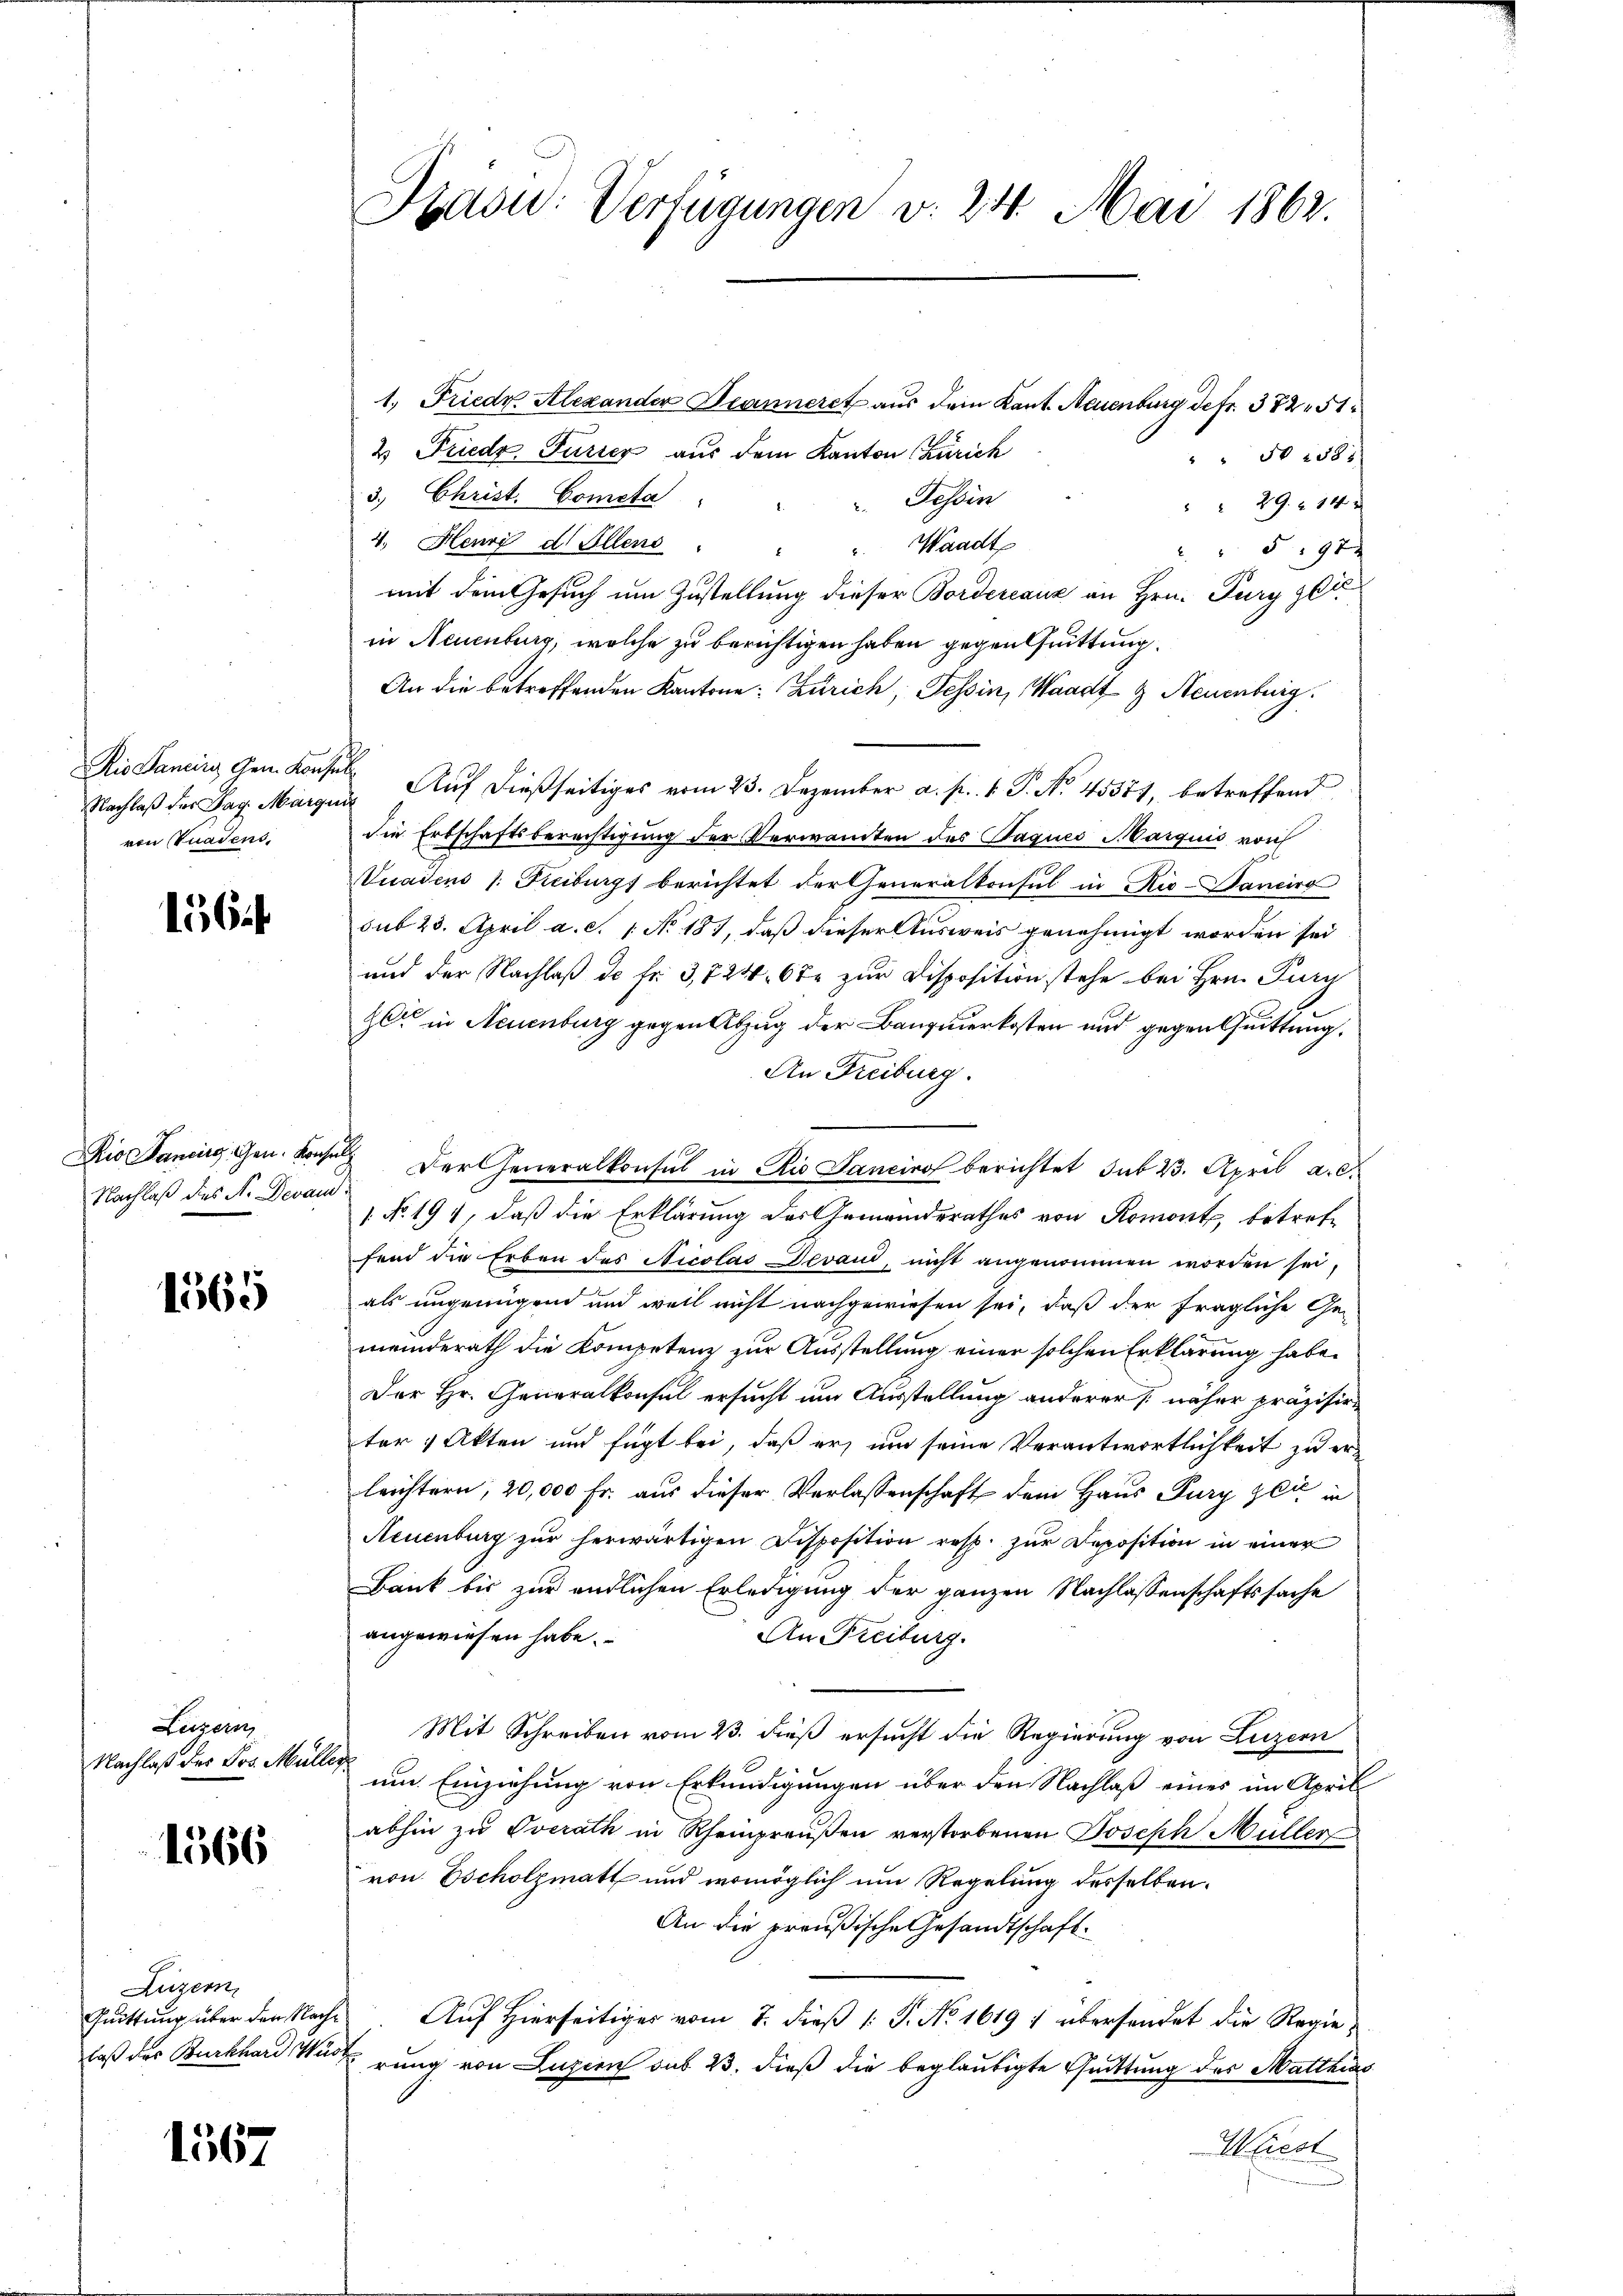
Dis Sanciig Gen. Konsul
Nachlaß der Tag. Margi
von Gnadens,

156 f

Dio Sancirg, Gen. Konse
Nachlaß des N. Devam

1565

Luzern,
Nachlaß des Jos. Mülle

1566

Luzern,
Quittung über den Nachlaß des Burkhard Wur

1567

Disid: Verfügungen v. 24. Mai 1862.

1. Friedr. Alexander Jeanneret aus dem Kant. Neuenburg Jefr. 372 51
2 Friede Furier aus dem Kanton Zürich
" 50. 2381
3. Christ. Compta
Tessin
" 29 f 14 x
4. Henri d. Allens
Waadt
2597 x
mit dem Gesuch um Zustellung dieser Bordereaux an Hrn. Purg get
in Neuenburg, welche zu berichtigen haben gegen fuittung
An die betreffenden Kantone: Zürich, Tessin, Waadt & Neuenburg.
i Auf dießseitiges vom 23. Dezember a. p. 1. P. Nr. 45581, betreffend
die Erbschaftsberechtigung der Verwandten des Paques Marquis von
Vuadens 1. Freiburgs berichtet der Generalkonsul in Rio-Banciro
sub 23. April a. c. 1. No. 181, daß dieser Ausweis genehmigt worden sei
und der Nachlaß de fr. 3,724. 6te zur Disposition stehe bei Hrn. Purg
zer in Neuenburg gegen Abzug der Banquerkosten und gegentuittung.
An Freiburg.
 Der Generalkonsul in Rio Sancirol berichtet sub 23. April a. c.
 No. 194, daß die Erklärung des Gemeinderathes von Romont, betrete
fend die Erben des Nicolas Devant, nicht angenommen worden sei,
als ungenügend und weil nicht nachgewiesen sei, daß der fragliche Ge-
meinderath die Kompetenz zur Ausstellung einer solchen Erklärung habe
Der Hr. Generalkonsul ersucht um Ausstellung anderer näher präzisire
tor  Akten und fügt bei, daß er, um seine Verantwortlichkeit zu erleichtern, 20,000 Fr. aus dieser Verlassenschaft dem Haus Fury zeit in
Neuenburg zur herwärtigen Disposition resp. zur Deposition in einer
Bank bis zur endlichen Erledigung der ganzen Nachlassenschaftssache
angewiesen habe.
An Freiburg.
Mit Schreiben vom 23. dieß ersucht die Regierung von Luzern
um Einziehung von Erkundigungen über den Nachlaß eines im April
abhin zu verath in Rheinpreußen verstorbenen Joseph Müller
von Escholzmatt und womöglich um Regelung derselben.
An die preußische Gesandtschaft.
Auf Hierseitiges vom 7. dieß (: P. No 1619 : übersendet die Regierung von Luzern aus 23. dieß die beglaubigte Guittung des Matthias
Waiest